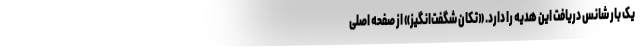
یک بار شانس دریافت این هدیه را دارد. «تکان شگفت‌انگیز» از صفحه اصلی